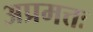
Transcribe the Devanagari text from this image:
अप्रमत्तः